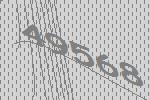
49568